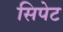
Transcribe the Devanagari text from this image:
सिपेट